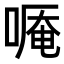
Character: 𠻒